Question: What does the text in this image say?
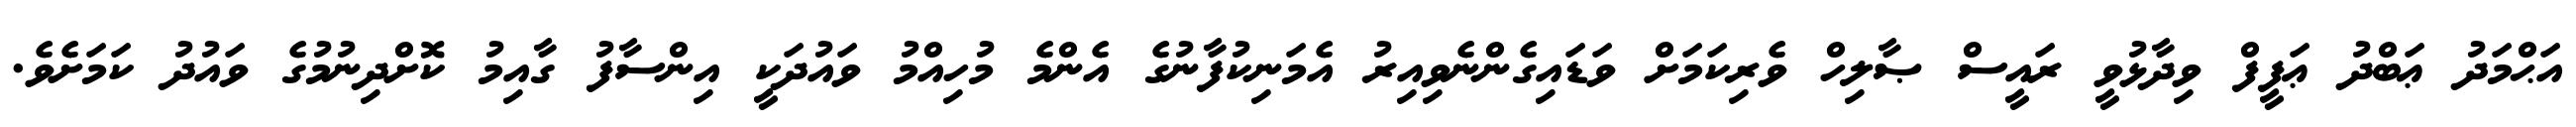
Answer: އަޙްމަދު ޢަބްދު ޢަފީފް ވިދާޅުވީ ރައީސް ޞާލިހް ވެރިކަމަށް ވަޑައިގެންނެވިއިރު އެމަނިކުފާނުގެ އެންމެ މުހިއްމު ވައުދަކީ އިންސާފު ގާއިމު ކޮށްދިނުމުގެ ވައުދު ކަމަށެވެ.